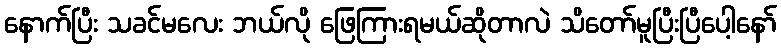
နောက်ပြီး သခင်မလေး ဘယ်လို ဖြေကြားရမယ်ဆိုတာလဲ သိတော်မူပြီးပြီပေါ့နော်